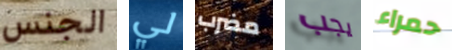
الجنس لي مضرب يجب حمراء